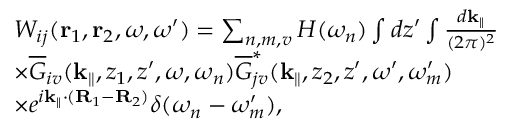
\begin{array} { r l } & { W _ { i j } ( { \bf r } _ { 1 } , { \bf r } _ { 2 } , \omega , \omega ^ { \prime } ) = \sum _ { n , m , v } H ( \omega _ { n } ) \int d z ^ { \prime } \int \frac { d { { \bf k } _ { \parallel } } } { ( 2 \pi ) ^ { 2 } } } \\ & { \times \overline { G } _ { i v } ( { { \bf k } _ { \parallel } } , z _ { 1 } , z ^ { \prime } , \omega , \omega _ { n } ) \overline { G } _ { j v } ^ { * } ( { { \bf k } _ { \parallel } } , z _ { 2 } , z ^ { \prime } , \omega ^ { \prime } , \omega _ { m } ^ { \prime } ) } \\ & { \times e ^ { i { { \bf k } _ { \parallel } } \cdot ( { \bf R } _ { 1 } - { \bf R } _ { 2 } ) } \delta ( \omega _ { n } - \omega _ { m } ^ { \prime } ) , } \end{array}